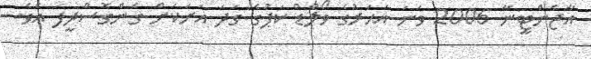
އާޖެންޓީނާ 2006 ވަނަ އަހަރުގެ ވޯލްޑް ކަޕުގެ ގަދަ އަށަކަށް ގެންގޮސްދީފަ އެވެ.